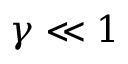
\gamma \ll 1